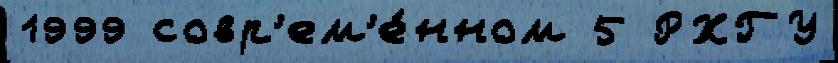
1999 совр'ем'е́нном 5 РХГУ